Civil Veterinary Dept. Bombay admin report 1923-31 - 1923-1931
Year: 1923
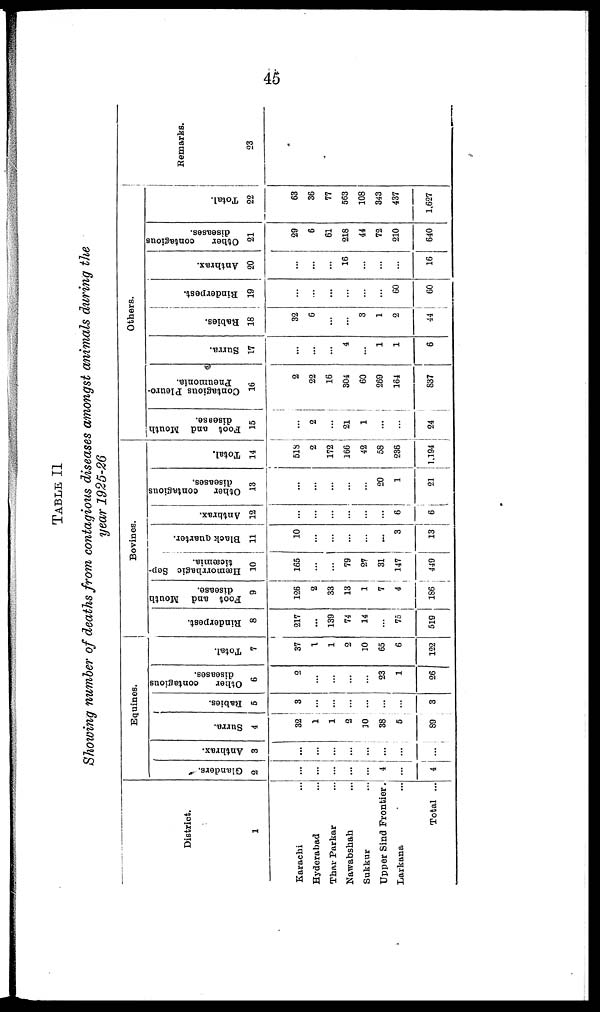
45
TABLE II
Showing number of deaths from contagious diseases amongst animals during the
year 1925-26
District.
1
Karachi ...
Hyderabad ...
Thar Parkar ...
Nawabshah ...
Sukkur ...
Upper Sind Frontier.
Larkana ...
Total ...
Equines.
Glanders.
2
...
...
...
...
...
4
...
4
Anthrax.
3
...
...
...
...
...
...
...
...
Surra.
4
32
1
1
2
10
38
5
89
Babies.
5
3
...
...
...
...
...
...
3
Other
contagious
diseases.
6
2
...
...
...
...
23
1
26
Total.
7
37
1
1
2
10
65
6
122
Bovines.
Rinderpest.
8
217
...
139
74
14
...
75
519
Foot and Mouth
disease.
9
126
2
33
13
1
7
4
186
Hæmorrbagic Sep-
ticæmia.
10
165
...
...
79
27
31
147
449
Black quarter.
11
10
...
...
...
...
...
3
13
Anthrax.
12
...
...
...
...
...
...
6
6
Other
contagious
diseases.
13
...
...
...
...
...
20
1
21
Total.
14
518
2
172
166
42
58
236
1,194
Others.
Foot and Mouth
disease.
15
...
2
...
21
1
...
...
24
Contagious Pleuro-
-neumonia.
16
2
22
16
304
60
269
164
837
Surra.
17
...
...
...
4
...
1
1
6
Babies.
18
32
6
...
...
3
1
2
44
Rinderpest.
19
...
...
...
...
...
...
60
60
Anthrax.
20
...
...
...
16
...
...
...
16
Other
contagious
diseases.
21
29
6
61
218
44
72
210
640
Total.
22
63
36
77
563
108
343
437
1,627
Remarks.
23